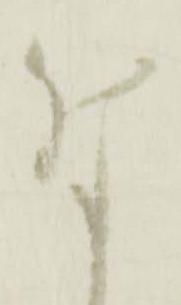
付